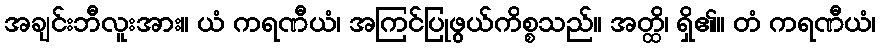
အချင်းဘီလူးအား။ ယံ ကရဏီယံ၊ အကြင်ပြုဖွယ်ကိစ္စသည်။ အတ္ထိ၊ ရှိ၏။ တံ ကရဏီယံ၊